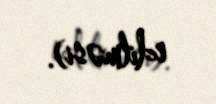
edilməsi).